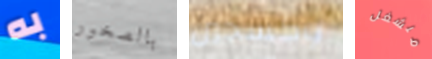
به بالصخور أوكسجين منشغل